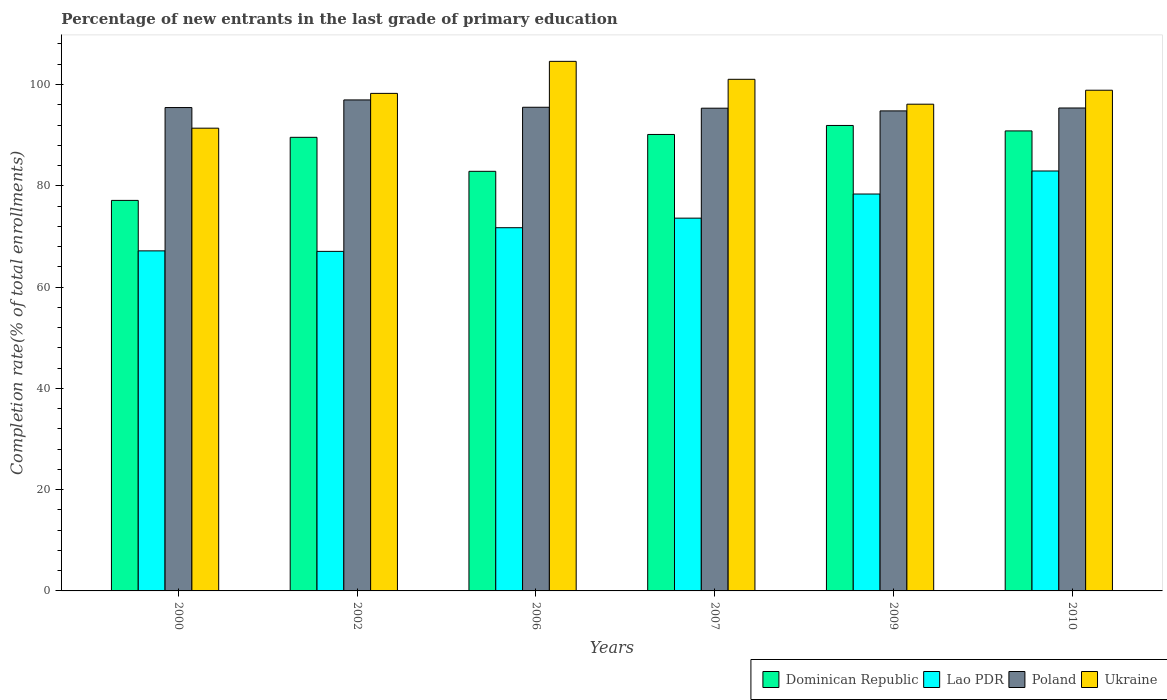
| Years | Dominican Republic | Lao PDR | Poland | Ukraine |
 | --- | --- | --- | --- | --- |
 | 2000 | 77.1 | 67.1 | 95.5 | 91.4 |
 | 2002 | 89.6 | 67.1 | 97 | 98.2 |
 | 2006 | 82.9 | 71.7 | 95.5 | 105 |
 | 2007 | 90.1 | 73.6 | 95.3 | 101 |
 | 2009 | 91.9 | 78.4 | 94.8 | 96.1 |
 | 2010 | 90.8 | 82.9 | 95.4 | 98.9 |